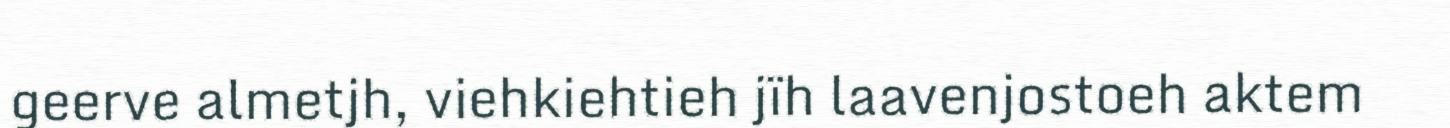
geerve almetjh, viehkiehtieh jïh laavenjostoeh aktem